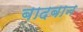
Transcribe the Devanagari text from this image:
बादबान